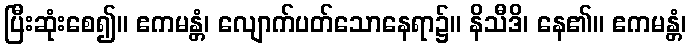
ပြီးဆုံးစေ၍။ ဧကမန္တံ၊ လျောက်ပတ်သောနေရာ၌။ နိသီဒိ၊ နေ၏။ ဧကမန္တံ၊